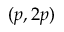
( p , 2 p )